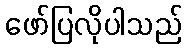
ဖော်ပြလိုပါသည်